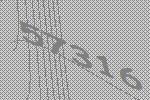
57316